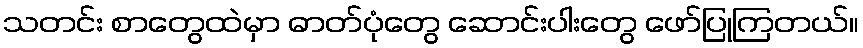
သတင်း စာတွေထဲမှာ ဓာတ်ပုံတွေ ဆောင်းပါးတွေ ဖော်ပြုကြတယ်။